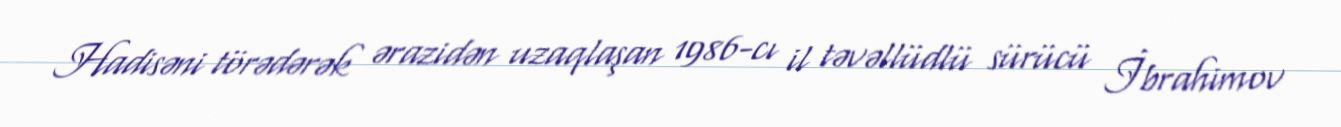
Hadisəni törədərək ərazidən uzaqlaşan 1986-cı il təvəllüdlü sürücü İbrahimov